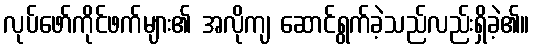
လုပ်ဖော်ကိုင်ဖက်များ၏ အလိုကျ ဆောင်ရွက်ခဲ့သည်လည်းရှိခဲ့၏။